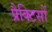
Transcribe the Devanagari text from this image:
प्रैक्टिसों